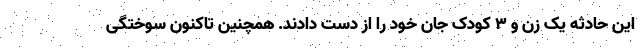
این حادثه یک زن و ۳ کودک جان خود را از دست دادند. همچنین تاکنون سوختگی